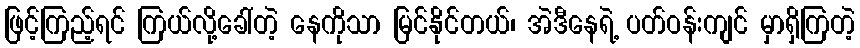
ဖြင့်ကြည့်ရင် ကြယ်လို့ခေါ်တဲ့ နေကိုသာ မြင်နိုင်တယ်၊ အဲဒီနေရဲ့ ပတ်ဝန်းကျင် မှာရှိကြတဲ့